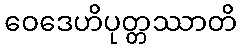
ဝေဒေဟိပုတ္တဿာတိ